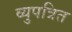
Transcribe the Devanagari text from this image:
व्युपत्रित